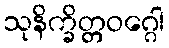
သုနိက္ခိတ္တဝဂ္ဂေါ